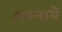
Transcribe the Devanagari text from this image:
अपनायें